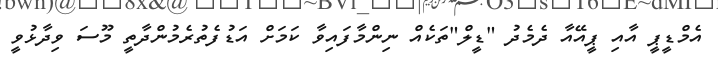
އެމްޑީޕީ އާއި ޕީއޭއާ ދެމެދު "ޑީލް"ތަކެއް ނިންމާފައިވާ ކަމަށް އަޑުފެތުރެމުންދާތީ މޫސަ ވިދާޅުވީ